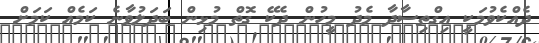
ދެއްކެވުމަކީ އިގްތިސާދާ މެދު މީހުން ދެކޭ ގޮތް މުޅިން ބަދަލުވާނެ ކަމެއް ކަމަށް